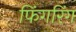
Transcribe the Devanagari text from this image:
फिंगरिंग